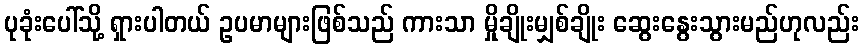
ပုခုံးပေါ်သို့ ရှားပါတယ် ဥပမာများဖြစ်သည် ကားသာ မှိုချိုးမျှစ်ချိုး ဆွေးနွေးသွားမည်ဟုလည်း